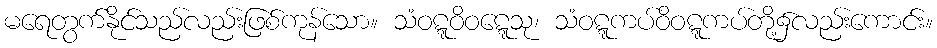
မရေတွက်နိုင်သည်လည်းဖြစ်ကုန်သော။ သံဝဋ္ဋဝိဝဋ္ဋေသု၊ သံဝဋ္ဋကပ်ဝိဝဋ္ဋကပ်တို့၌လည်းကောင်း။